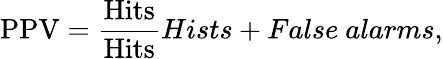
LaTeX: \mathrm{PPV}=\frac{\mathrm{Hits}}{\mathrm{Hits}}{Hists+False\ alarms},